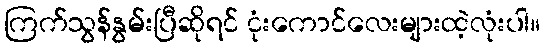
ကြက်သွန်နွမ်းပြီဆိုရင် ငုံးကောင်လေးများထဲ့လုံးပါ။